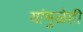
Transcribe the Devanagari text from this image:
यांमुळेही